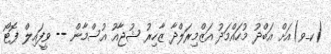
(ކ_ވ)އަށް އަބްދު މުހައްމަދު އަޒްމިރަލްދާ ޒާހިރު ޝުޖާއު އުސްމާން -- ވީފައިލް ފޮޓޯ